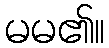
မမ၏။